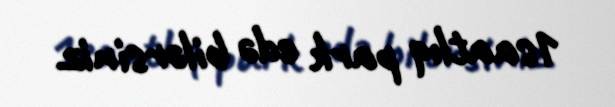
1saatlıq park edə bilərsiniz.